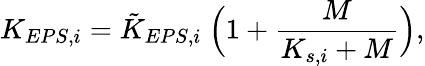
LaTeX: K_{EPS,i}=\tilde{K}_{EPS,i}\ \Big(1+\frac{M}{K_{s,i}+M}\Big),